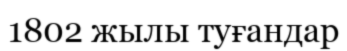
1802 жылы туғандар